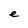
Character: e